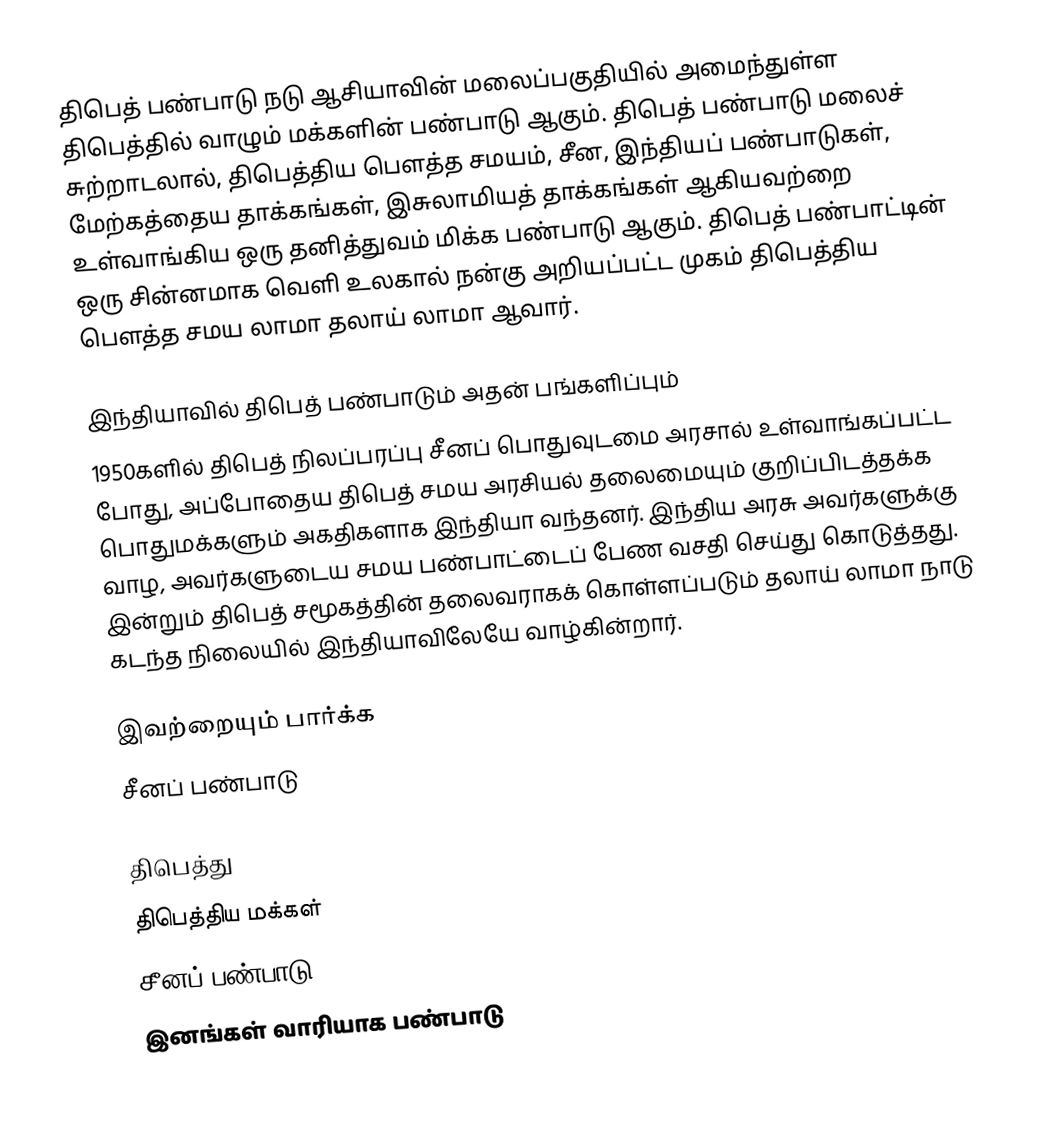
திபெத் பண்பாடு நடு ஆசியாவின் மலைப்பகுதியில் அமைந்துள்ள திபெத்தில் வாழும் மக்களின் பண்பாடு ஆகும். திபெத் பண்பாடு மலைச் சுற்றாடலால், திபெத்திய பெளத்த சமயம், சீன,  இந்தியப் பண்பாடுகள், மேற்கத்தைய தாக்கங்கள், இசுலாமியத் தாக்கங்கள் ஆகியவற்றை உள்வாங்கிய ஒரு தனித்துவம் மிக்க பண்பாடு ஆகும். திபெத் பண்பாட்டின் ஒரு சின்னமாக வெளி உலகால் நன்கு அறியப்பட்ட முகம் திபெத்திய பெளத்த சமய லாமா தலாய் லாமா ஆவார்.

இந்தியாவில் திபெத் பண்பாடும் அதன் பங்களிப்பும்
1950களில் திபெத் நிலப்பரப்பு சீனப் பொதுவுடமை அரசால் உள்வாங்கப்பட்ட போது, அப்போதைய திபெத் சமய அரசியல் தலைமையும் குறிப்பிடத்தக்க பொதுமக்களும் அகதிகளாக இந்தியா வந்தனர்.  இந்திய அரசு அவர்களுக்கு வாழ, அவர்களுடைய சமய பண்பாட்டைப் பேண வசதி செய்து கொடுத்தது. இன்றும் திபெத் சமூகத்தின் தலைவராகக் கொள்ளப்படும் தலாய் லாமா நாடு கடந்த நிலையில் இந்தியாவிலேயே வாழ்கின்றார்.

இவற்றையும் பார்க்க
 சீனப் பண்பாடு

திபெத்து
திபெத்திய மக்கள்
சீனப் பண்பாடு
இனங்கள் வாரியாக பண்பாடு